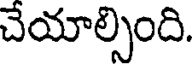
చేయాల్సింది.